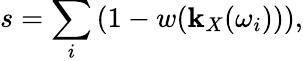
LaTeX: s=\sum_{i}\left(1-w(\mathbf{k}_{X}(\omega_{i}))\right),